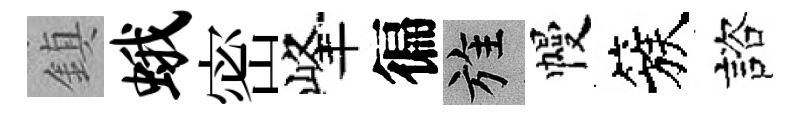
鎮蛾密峰徧旌幔簇諮